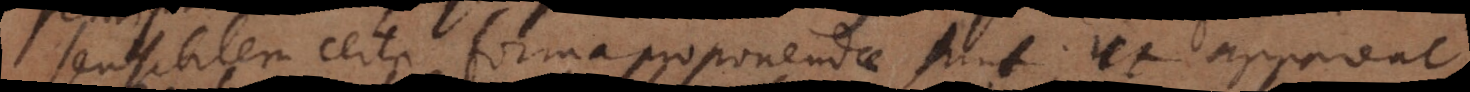
sensibilem certa forma proponendae sunt; ut appareat